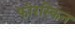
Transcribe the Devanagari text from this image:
फोरस्किन